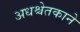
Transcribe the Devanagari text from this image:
अधश्चेतकाने